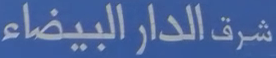
شرف الدار البيضاء